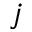
j